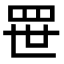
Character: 𬙚